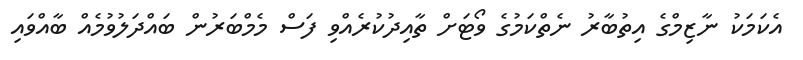
އެކަމަކު ނާޒިމްގެ އިތުބާރު ނެތްކަމުގެ ވޯޓަށް ތާއިދުކުރެއްވި ފަސް މެމްބަރުން ބައްދަލުވުމެއް ބާއްވައި